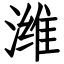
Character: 潍